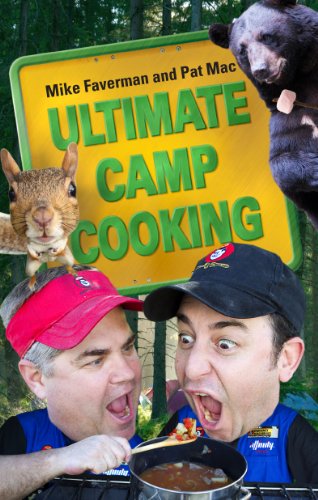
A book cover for Ultimate Camp Cooking; Mike Faverman; Cookbooks, Food & Wine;